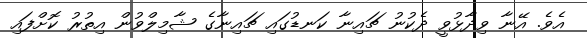
އެވެ. އޭނާ ވިދާޅުވީ ދެކުނު ޗައިނާ ކަނޑުގައި ޗައިނާގެ ޝާމިލްވުން އިތުރު ކޮށްފައި